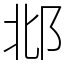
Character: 邶